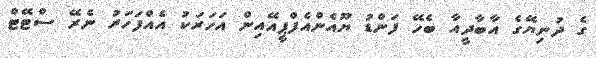
ގެ ދުނިޔޭގެ އާބާދީއާ ބެހޭ ފަންޑު ޔޫއެންއެފްޕީއޭއިން އަހަރަކު އެއްފަހަރު ނެރޭ ސްޓޭޓް